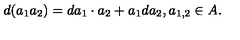
d ( a _ { 1 } a _ { 2 } ) = d a _ { 1 } \cdot a _ { 2 } + a _ { 1 } d a _ { 2 } , a _ { 1 , 2 } \in A .